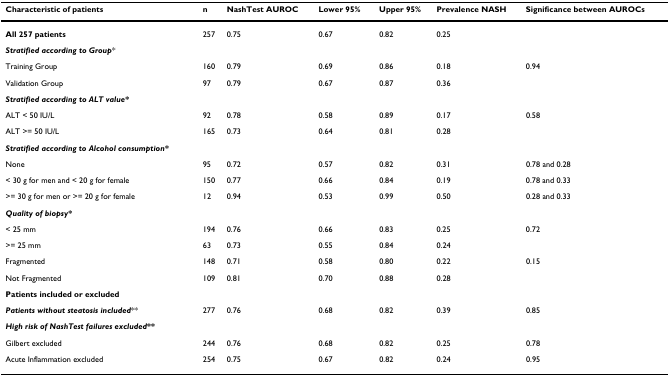
<table><thead><tr><td><b>Characteristic of patients</b></td><td><b>n</b></td><td><b>NashTest AUROC</b></td><td><b>Lower 95% </b></td><td><b>Upper 95%</b></td><td><b>Prevalence NASH</b></td><td><b>Significance between AUROCs</b></td></tr></thead><tbody><tr><td><b>All 257 patients</b></td><td>257</td><td>0.75</td><td>0.67</td><td>0.82</td><td>0.25</td><td></td></tr><tr><td><b><i>Stratified according to Group</i></b>*</td><td></td><td></td><td></td><td></td><td></td><td></td></tr><tr><td>Training Group</td><td>160</td><td>0.79</td><td>0.69</td><td>0.86</td><td>0.18</td><td>0.94</td></tr><tr><td>Validation Group</td><td>97</td><td>0.79</td><td>0.67</td><td>0.87</td><td>0.36</td><td></td></tr><tr><td><b><i>Stratified according to ALT value*</i></b></td><td></td><td></td><td></td><td></td><td></td><td></td></tr><tr><td>ALT &lt; 50 IU/L</td><td>92</td><td>0.78</td><td>0.58</td><td>0.89</td><td>0.17</td><td>0.58</td></tr><tr><td>ALT &gt;= 50 IU/L</td><td>165</td><td>0.73</td><td>0.64</td><td>0.81</td><td>0.28</td><td></td></tr><tr><td><b><i>Stratified according to Alcohol consumption*</i></b></td><td></td><td></td><td></td><td></td><td></td><td></td></tr><tr><td>None</td><td>95</td><td>0.72</td><td>0.57</td><td>0.82</td><td>0.31</td><td>0.78 and 0.28</td></tr><tr><td>&lt; 30 g for men and &lt; 20 g for female</td><td>150</td><td>0.77</td><td>0.66</td><td>0.84</td><td>0.19</td><td>0.78 and 0.33</td></tr><tr><td>&gt;= 30 g for men or &gt;= 20 g for female</td><td>12</td><td>0.94</td><td>0.53</td><td>0.99</td><td>0.50</td><td>0.28 and 0.33</td></tr><tr><td><b><i>Quality of biopsy*</i></b></td><td></td><td></td><td></td><td></td><td></td><td></td></tr><tr><td>&lt; 25 mm</td><td>194</td><td>0.76</td><td>0.66</td><td>0.83</td><td>0.25</td><td>0.72</td></tr><tr><td>&gt;= 25 mm</td><td>63</td><td>0.73</td><td>0.55</td><td>0.84</td><td>0.24</td><td></td></tr><tr><td>Fragmented</td><td>148</td><td>0.71</td><td>0.58</td><td>0.80</td><td>0.22</td><td>0.15</td></tr><tr><td>Not Fragmented</td><td>109</td><td>0.81</td><td>0.70</td><td>0.88</td><td>0.28</td><td></td></tr><tr><td><b>Patients included or excluded</b></td><td></td><td></td><td></td><td></td><td></td><td></td></tr><tr><td><b><i>Patients without steatosis included</i></b>**</td><td>277</td><td>0.76</td><td>0.68</td><td>0.82</td><td>0.39</td><td>0.85</td></tr><tr><td><b><i>High risk of NashTest failures excluded**</i></b></td><td></td><td></td><td></td><td></td><td></td><td></td></tr><tr><td>Gilbert excluded</td><td>244</td><td>0.76</td><td>0.68</td><td>0.82</td><td>0.25</td><td>0.78</td></tr><tr><td>Acute Inflammation excluded</td><td>254</td><td>0.75</td><td>0.67</td><td>0.82</td><td>0.24</td><td>0.95</td></tr></tbody></table>